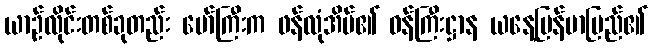
ယာဉ်လိုင်းတစ်ခုတည်း မော်ကြီးက ဖန်လုံအိမ်၏ ဝန်ကြီးဋ္ဌာန ယနေ့မြန်မာပြည်၏